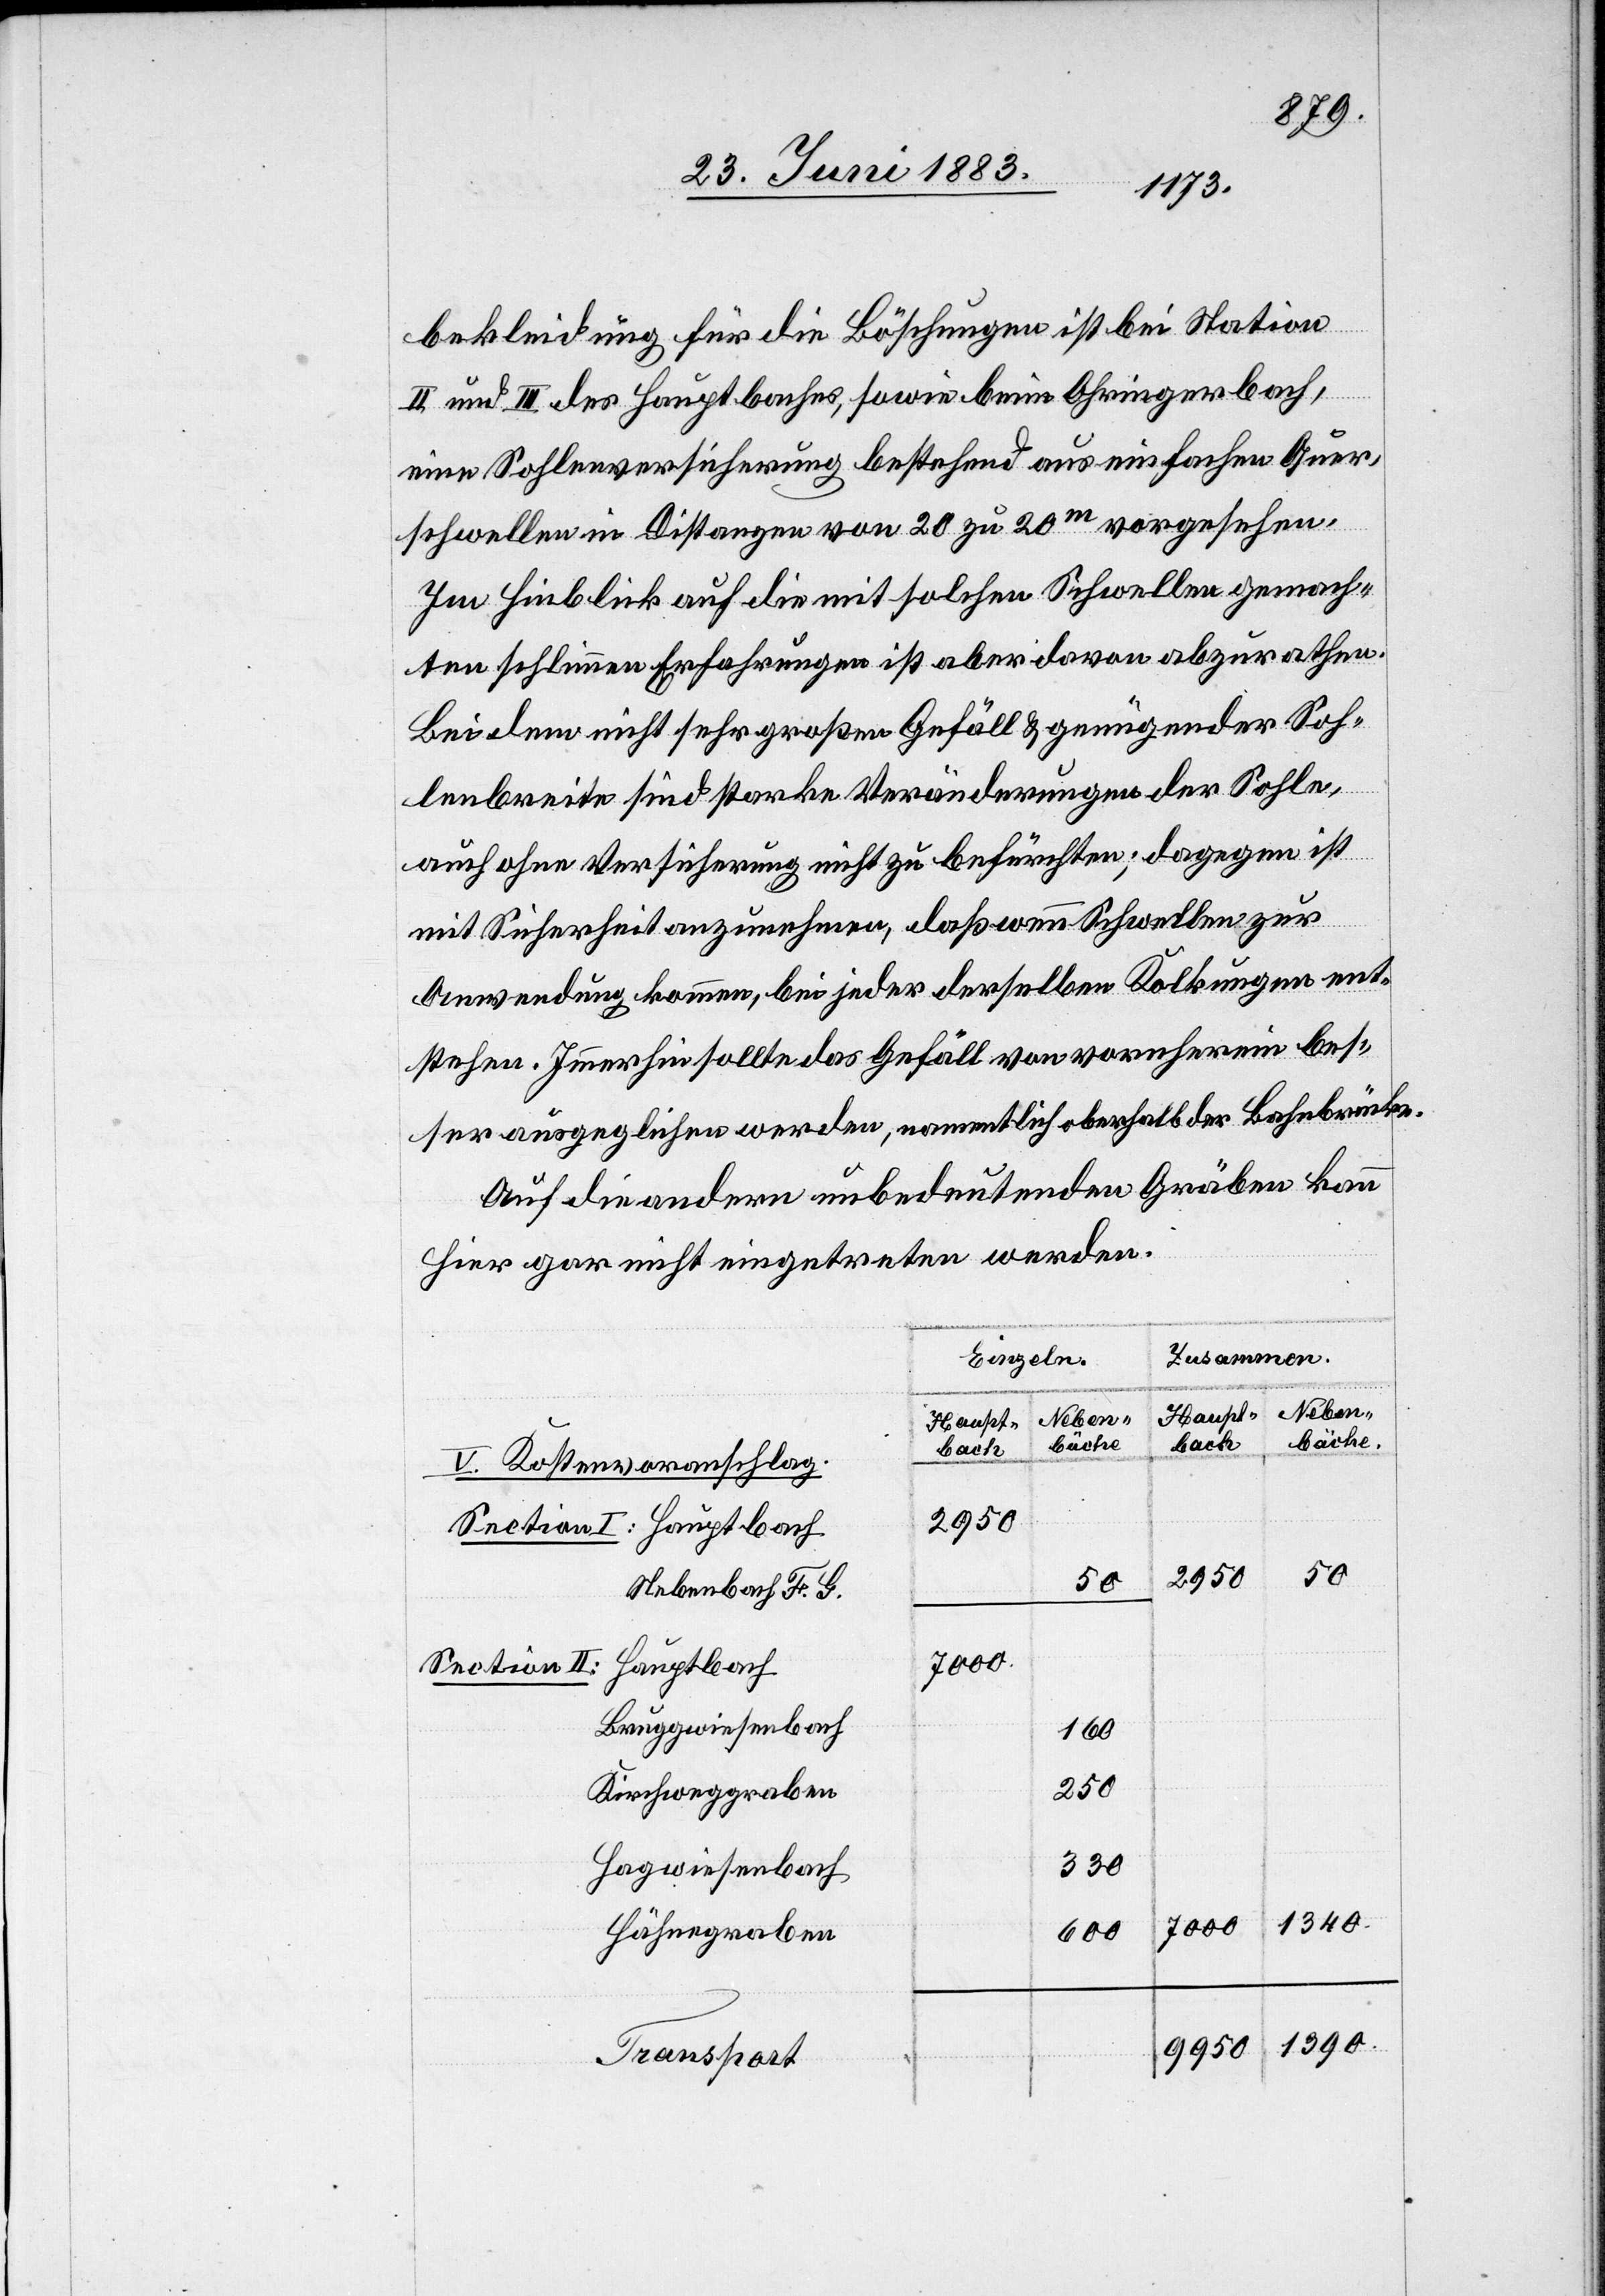
bekleidung für die Böschungen ist bei Station
II und III des Hauptbaches, sowie beim Ohringerbach,
eine Sohlenversicherung bestehend aus einfachen Quer¬
schwellen in Distanzen von 20 zu 20m vorgesehen.
Im Hinblick auf die mit solchen Schwellen gemach¬
ten schlimmen Erfahrungen ist aber davon abzurathen.
Bei dem nicht sehr großen Gefäll & genügender Soh¬
lenbreite sind starke Veränderungen der Sohle,
auch ohne Versicherung nicht zu befürchten; dagegen ist
mit Sicherheit anzunehmen, daß wenn Schwellen zur
Anwendung kommen, bei jeder derselben Kolkungen ent¬
stehen. Immerhin sollte das Gefäll von vornherein bes¬
ser ausgeglichen werden, namentlich oberhalb der Bahnbrücke.
Auf die andern unbedeutenden Gräben kann
hier gar nicht eingetreten werden.
Zusammen.
Einzeln.
Neben-
bäche.
bäche
V. Kostenvoranschlag.
2950
Haupt- bach
50
2950
50
Nebenbach F. G.
Hauptbach
Section II:
Bruggwiesenbach
160
Kirchweggraben
330
Hagwiesenbach
1340
7000
Hähnegraben
600
1390
9950
Transport